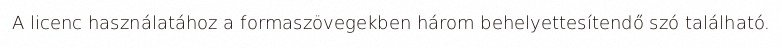
A licenc használatához a formaszövegekben három behelyettesítendő szó található.